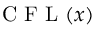
\mathrm { ~ C ~ F ~ L ~ } ( x )